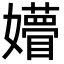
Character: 㜴